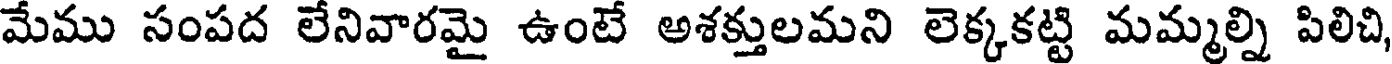
మేము సంపద లేనివారమై ఉంటే అశక్తులమని లెక్కకట్టి మమ్మల్ని పిలిచి